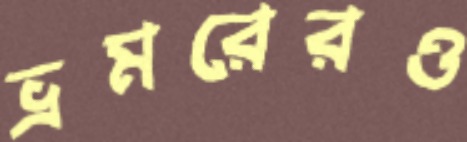
ভ্রমরেরও